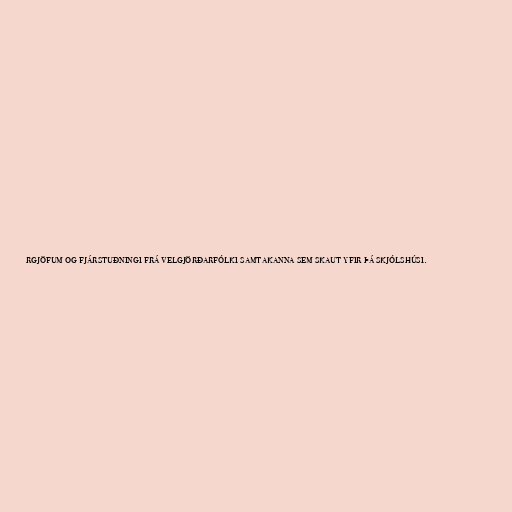
rgjöfum og fjárstuðningi frá velgjörðarfólki samtakanna sem skaut yfir þá skjólshúsi.